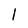
Character: l